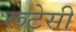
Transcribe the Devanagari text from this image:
रूटेसी